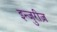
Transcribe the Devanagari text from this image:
इन्जुरीज़